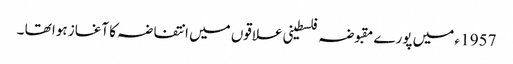
1957 ء میں پورے مقبوضہ فلسطینی علاقوں میں انتفاضہ کا آغاز ہوا تھا ۔